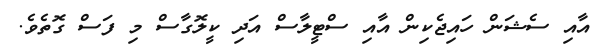
އާއި ސެޝަން ހައިޖެކިން އާއި ސްޓީލާސް އަދި ކީލޮގާސް މި ފަސް ގޮތެވެ.